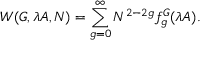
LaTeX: { \cal W } ( G , \lambda A , N ) = \sum _ { g = 0 } ^ { \infty } N ^ { 2 - 2 g } f _ { g } ^ { G } ( \lambda A ) .